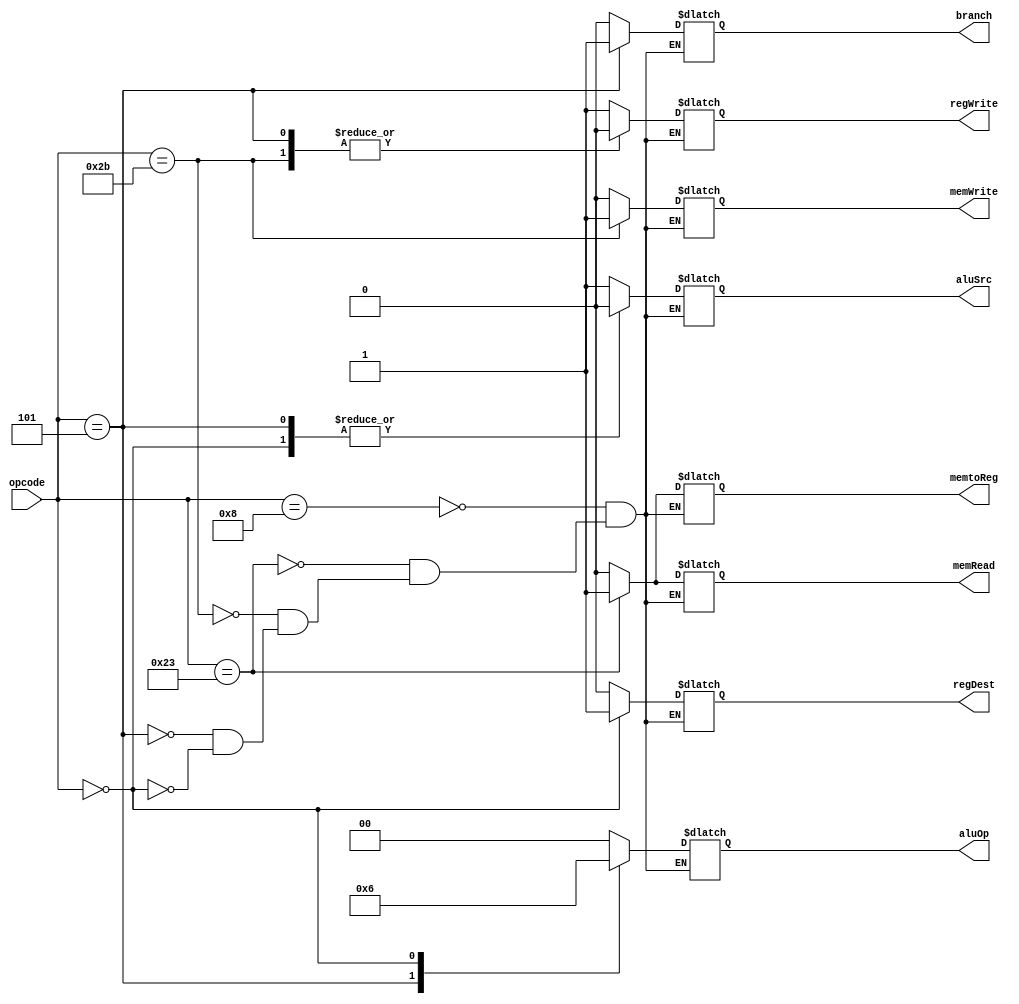
/*##########################################################################################
Note: Please dont upload the assignments, template file/solution and lab. manual on GitHub or others public repository. 
Kindly remove them, if you have uploaded the previous assignments. 
It violates the BITSs Intellectual Property Rights (IPR).
*******************************************************************************************/

module controlCircuit(input [5:0] opcode, output reg [1:0] aluOp, output reg aluSrc, output reg branch, output reg memWrite, output reg memRead, output reg memtoReg, output reg regDest, output reg regWrite );
  
    always @ (opcode)
    begin 
        case(opcode)
        6'd8: begin 
                aluOp <= 2'b00;
                aluSrc <= 1'b1; 
                branch <= 1'b0;
                memWrite <= 1'b0;
                memRead <= 1'b0;
                memtoReg <= 1'b0;
                regDest <= 1'b0;
                regWrite <= 1'b1;
            end
        6'd35: begin
                aluOp <= 2'b00;
                aluSrc <= 1'b1;
                branch <= 1'b0;
                memWrite <= 1'b0;
                memRead <= 1'b1;
                memtoReg <= 1'b1;
                regDest <= 1'b0;
                regWrite <= 1'b1;
            end
        6'd43: begin
                aluOp <= 2'b00;
                aluSrc <= 1'b1;
                branch <= 1'b0;
                memWrite <= 1'b1;
                memRead <= 1'b0;
                memtoReg <= 1'b0;
                regDest <= 1'b0;
                regWrite <= 1'b0;
            end
            6'd5: begin 
                aluOp <= 2'b01;
                aluSrc <= 1'b0;
                branch <= 1'b1;
                memWrite <= 1'b0;
                memRead <= 1'b0;
                memtoReg <= 1'b0;
                regDest <= 1'b0;
                regWrite <= 1'b0;
            end
            6'd0: begin 
                aluOp <= 2'b10;
                aluSrc <= 1'b0;
                branch <= 1'b0;
                memWrite <= 1'b0;
                memRead <= 1'b0;
                memtoReg <= 1'b0;
                regDest <= 1'b1;
                regWrite <= 1'b1;
            end
        endcase
    end
    
endmodule